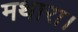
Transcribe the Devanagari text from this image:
मथारा।